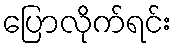
ပြောလိုက်ရင်း